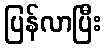
ပြန်လာပြီး